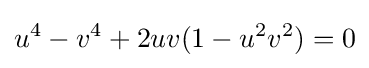
u^{4}-v^{4}+2uv(1-u^{2}v^{2})=0